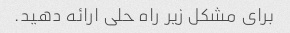
برای مشکل زیر راه حلی ارائه دهید.